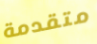
متقدمة